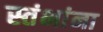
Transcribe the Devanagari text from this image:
स्तंभांना